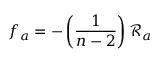
f _ { a } = - \left( \frac { 1 } { n - 2 } \right) \mathcal { R } _ { a }